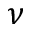
\nu